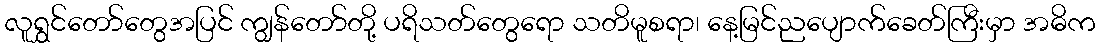
လူရွှင်တော်တွေအပြင် ကျွန်တော်တို့ ပရိသတ်တွေရော သတိမူစရာ၊ နေ့မြင်ညပျောက်ခေတ်ကြီးမှာ အဓိက